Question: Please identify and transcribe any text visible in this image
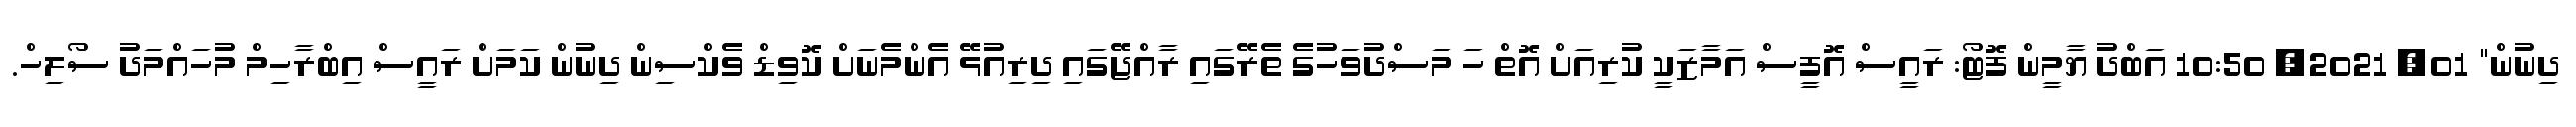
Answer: ދިނުން" 01, 2021, 10:50 އަބްދު ޔާމީން ފޮޓޯ: ރައީސް އޮފީސް އަމާޒަކީ ކުރިއަށް އޮތް ހަ މަސްދުވަހުގެ ތެރޭގައި ރާއްޖޭގައި ދިރިއުޅޭ އެންމެނަށް ކޮވިޑް ވެކްސިން ދިނުން ކަމަށް ރައީސް އިބްރާހިމް މުހައްމަދު ސޯލިހް.